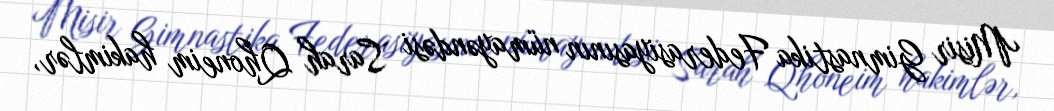
Misir Gimnastika Federasiyasının nümayəndəsi Sarah Qhoneim hakimlər,